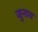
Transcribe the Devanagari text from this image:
जुनाव